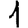
Digit: 1